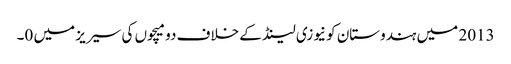
2013 میں ہندوستان کو نیوزی لینڈ کے خلاف دو میچوں کی سیریز میں 0۔